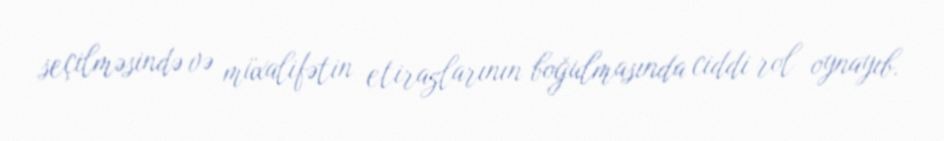
seçilməsində və müxalifətin etirazlarının boğulmasında ciddi rol oynayıb.